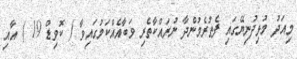
މިއަދު މުޅިދުނިޔޭގައި ފެތުރެމުންދާ ނުރައްކާތެރި ވަބާއެއްކަމުގައިވާ ( ކޮވިޑް 19 ) އާއި